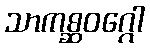
သာကစ္ဆဝဂ္ဂေါ